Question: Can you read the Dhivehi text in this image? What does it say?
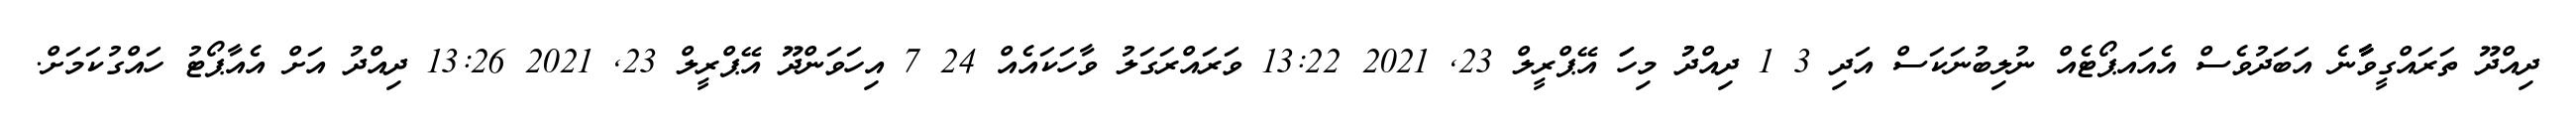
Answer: ދިއްދޫ ތަރައްގީވާާާނެ އަބަދުވެސް އެއައޕޯޓެއް ނުލިބުނަކަސް އަދި 3 1 ދިއްދުު މިހަަ އޭޕްރީލް 23, 2021 13:22 ވަރައްރަގަލު ވާހަކައެއް 24 7 އިހަވަންދޫ އޭޕްރީލް 23, 2021 13:26 ދިއްދު އަށް އެއާޕޯޓު ހައްގުކަމަށް.